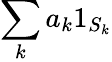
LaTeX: \sum_{k}a_{k}1_{S_{k}}